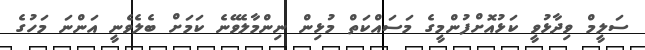
ސަލީމް ވިދާޅުވީ ކަޅުއޮށްފުންމީގެ މަސައްކަތް މުޅިން ނިންމާލެވޭނެ ކަމަށް ބެލެވެނީ އަންނަ މަހުގެ